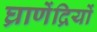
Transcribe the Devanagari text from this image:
घ्राणेंद्रियों